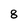
Character: 8